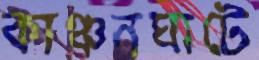
কাঞ্চনঘাটে